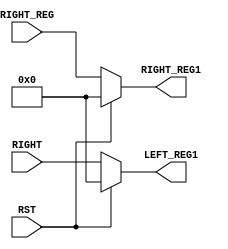
`timescale 1ns / 1ps
//////////////////////////////////////////////////////////////////////////////////
// Alveera Gill 
// Module:    Des_Top 
// Project:   Data Encryption Standard Implementation using Verilog
//////////////////////////////////////////////////////////////////////////////////
module Reg32(RST, RIGHT, RIGHT_REG, LEFT_REG1, RIGHT_REG1);
input RST;
input [32:1]RIGHT;
input [32:1]RIGHT_REG;
output [32:1]LEFT_REG1;
output [32:1]RIGHT_REG1;
wire RST;
reg [32:1]LEFT_REG1;
reg [32:1]RIGHT_REG1;

always @(RST or RIGHT or RIGHT_REG)
begin
if (RST)
	begin
	LEFT_REG1 <= 32'h00000000;
	RIGHT_REG1 <= 32'h00000000;
	end
else
	begin
	LEFT_REG1 <= RIGHT;
	RIGHT_REG1 <= RIGHT_REG;
end
end
endmodule